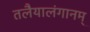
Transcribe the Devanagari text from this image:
तलैयालंगानम्